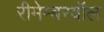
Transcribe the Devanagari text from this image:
रीमेम्बरबॉल